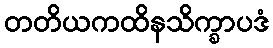
တတိယကထိနသိက္ခာပဒံ